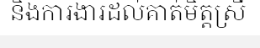
និងការងារដល់គាត់មិត្តស្រី